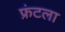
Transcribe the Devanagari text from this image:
फ्रंटला